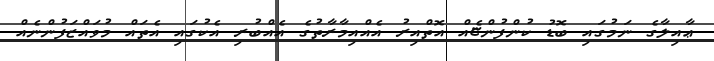
ޢާއިލާގެ ނަމުގައި ބޮޑު ކުންފުންޏެއް އޮތްއިރު އެއްއިމާރާތުގެ އެއްބުރި އެކުގައި އެތައް މުވައްޒަފުންނެއް